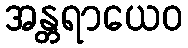
အန္တရာယေဝ